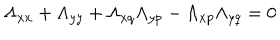
LaTeX: \Lambda _ { x x } + \Lambda _ { y y } + \Lambda _ { x q } \Lambda _ { y p } - \Lambda _ { x p } \Lambda _ { y q } = 0